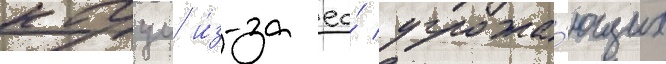
кагуи и́з-за ео́ угрожа́ющих